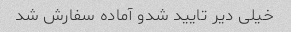
خیلی دیر تایید شدو آماده سفارش شد